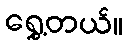
ရွှေ့တယ်။